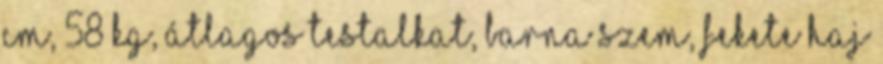
cm, 58 kg, átlagos testalkat, barna szem, fekete haj